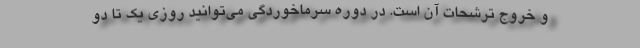
و خروج ترشّحات آن است. در دوره سرماخوردگی می‌توانید روزی یک تا دو